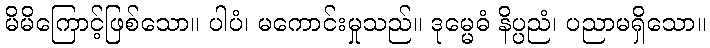
မိမိကြောင့်ဖြစ်သော။ ပါပံ၊ မကောင်းမှုသည်။ ဒုမ္မေဓံ နိပ္ပညံ၊ ပညာမရှိသော။